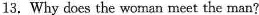
13. Why does the wonan meet the man?